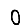
Digit: 0